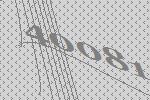
40081